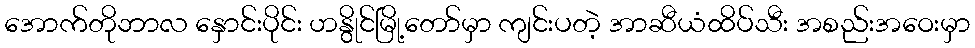
အောက်တိုဘာလ နှောင်းပိုင်း ဟနွိုင်မြို့တော်မှာ ကျင်းပတဲ့ အာဆီယံထိပ်သီး အစည်းအဝေးမှာ